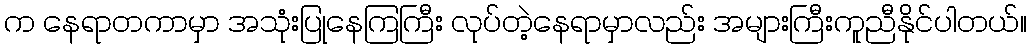
က နေရာတကာမှာ အသုံးပြုနေကြကြီး လုပ်တဲ့နေရာမှာလည်း အများကြီးကူညီနိုင်ပါတယ်။